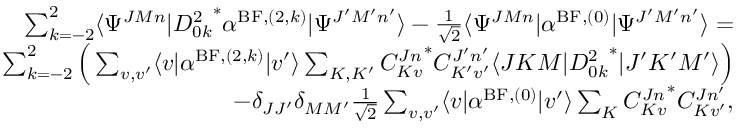
\begin{array} { r } { \sum _ { k = - 2 } ^ { 2 } \langle \Psi ^ { J M n } \vert { D _ { 0 k } ^ { 2 } } ^ { * } \alpha ^ { \mathrm { B F } , ( 2 , k ) } \vert \Psi ^ { J ^ { \prime } M ^ { \prime } n ^ { \prime } } \rangle - \frac { 1 } { \sqrt { 2 } } \langle \Psi ^ { J M n } \vert \alpha ^ { \mathrm { B F } , ( 0 ) } \vert \Psi ^ { J ^ { \prime } M ^ { \prime } n ^ { \prime } } \rangle = } \\ { \sum _ { k = - 2 } ^ { 2 } \Big ( \sum _ { v , v ^ { \prime } } \langle v \vert \alpha ^ { \mathrm { B F } , ( 2 , k ) } \vert v ^ { \prime } \rangle \sum _ { K , K ^ { \prime } } { C _ { K v } ^ { J n } } ^ { * } C _ { K ^ { \prime } v ^ { \prime } } ^ { J ^ { \prime } n ^ { \prime } } \langle J K M \vert { D _ { 0 k } ^ { 2 } } ^ { * } \vert J ^ { \prime } K ^ { \prime } M ^ { \prime } \rangle \Big ) } \\ { - \delta _ { J J ^ { \prime } } \delta _ { M M ^ { \prime } } \frac { 1 } { \sqrt { 2 } } \sum _ { v , v ^ { \prime } } \langle v \vert \alpha ^ { \mathrm { B F } , ( 0 ) } \vert v ^ { \prime } \rangle \sum _ { K } { C _ { K v } ^ { J n } } ^ { * } C _ { K v ^ { \prime } } ^ { J n ^ { \prime } } , } \end{array}